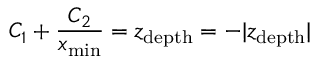
C _ { 1 } + \frac { C _ { 2 } } { x _ { \mathrm { m i n } } } = z _ { \mathrm { d e p t h } } = - \vert z _ { \mathrm { d e p t h } } \vert